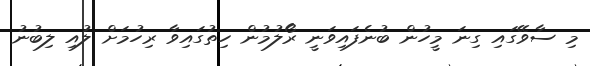
މި ސާވޭގައި ގިނަ މީހުން ބުނެފައިވަނީ ރޯލުމުން ހިތުގައިވާ ރިހުމަށް ލުއި ލިބުނު